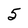
Character: 5